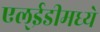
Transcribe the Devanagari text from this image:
एल्‌ईडीमध्ये